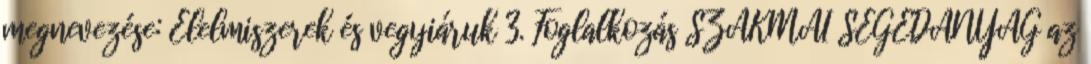
megnevezése: Élelmiszerek és vegyiáruk 3. Foglalkozás SZAKMAI SEGÉDANYAG az